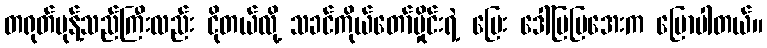
တရုတ်မုန့်သည်ကြီးလည်း ငိုတယ်လို့ သခင်ကိုယ်တော်မှိုင်းရဲ့ မြေး ဒေါ်မြမြအေးက ပြောပါတယ်။